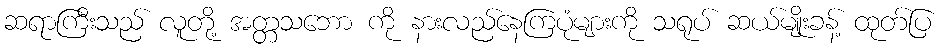
ဆရာကြီးသည် လူတို့ အတ္တသဘော ကို နားလည်နေကြပုံများကို သရုပ် ဆယ်မျိုးခန့် ထုတ်ပြ